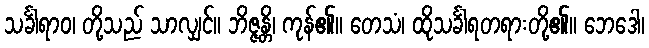
သင်္ခါရာဝ၊ တို့သည် သာလျှင်။ ဘိဇ္ဇန္တိ၊ ကုန်၏။ တေသံ၊ ထိုသင်္ခါရတရားတို့၏။ ဘေဒေါ၊